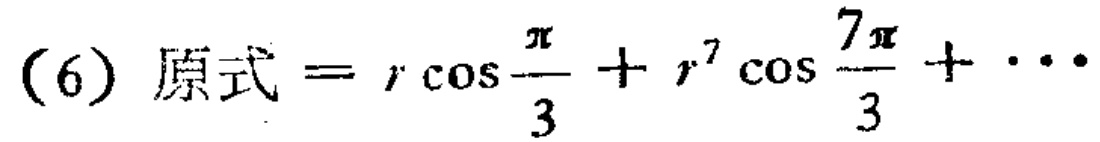
(6) 原式 \(= r\cos\frac{\pi}{3}+r^{7}\cos\frac{7\pi}{3}+\cdots\)